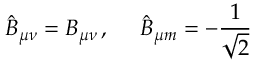
\hat { B } _ { \mu \nu } = B _ { \mu \nu } \, , \ \ \ \ \hat { B } _ { \mu m } = - \frac { 1 } { \sqrt { 2 } }